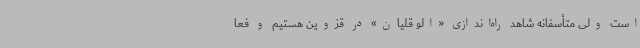
است ولی متأسفانه شاهد راه‌اندازی «الو قلیان» در قزوین هستیم و فعا